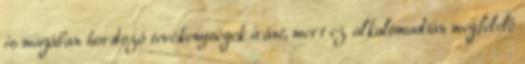
is magában hordozó tevékenységek iránt, mert ez alkalomadtán megfelelő